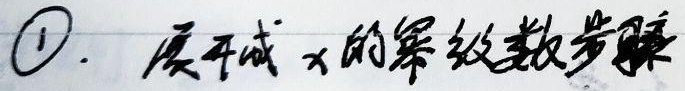
\textcircled{1}. 展开成\(x\)的幂级数步骤